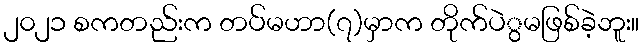
၂၀၂၁ စကတည်းက တပ်မဟာ(၇)မှာက တိုက်ပဲွမဖြစ်ခဲ့ဘူး။